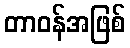
တာဝန်အဖြစ်